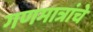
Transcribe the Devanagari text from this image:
गणमात्रांचे